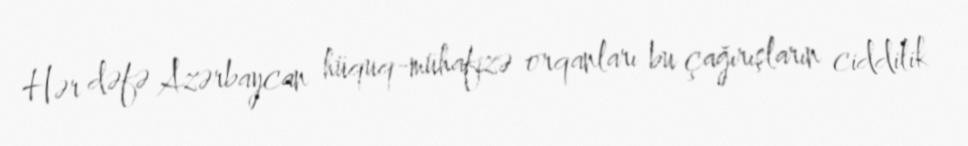
Hər dəfə Azərbaycan hüquq-mühafizə orqanları bu çağırışların ciddilik